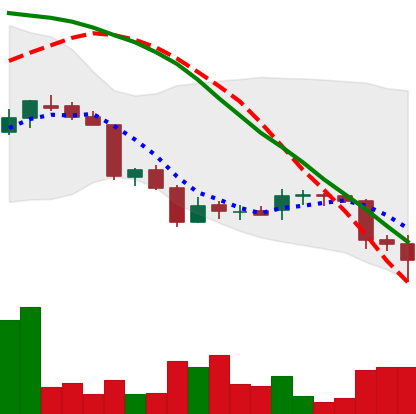
Ticker: DOGE-USD
Chart end date: 2018-06-24
Forward return: -3.307%
Label: down_3_5